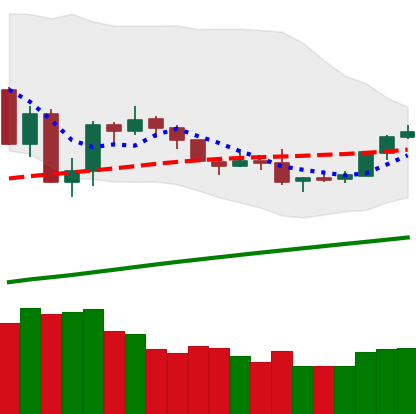
Ticker: BTC-USD
Chart end date: 2019-08-02
Forward return: 13.536%
Label: up_7plus